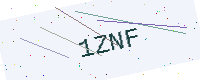
Text: 1ZNF